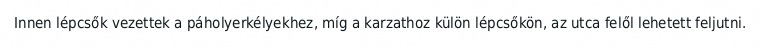
Innen lépcsők vezettek a páholyerkélyekhez, míg a karzathoz külön lépcsőkön, az utca felől lehetett feljutni.